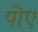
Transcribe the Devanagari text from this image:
पोए